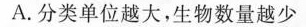
A. 分类单位越大，生物数量越少